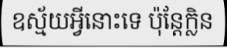
ឧស្ម័យអ្វីនោះទេ ប៉ុន្តែក្លិន